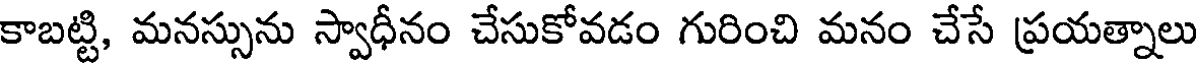
కాబట్టి, మనస్సును స్వాధీనం చేసుకోవడం గురించి మనం చేసే ప్రయత్నాలు